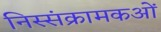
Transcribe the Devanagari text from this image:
निस्संक्रामकओं